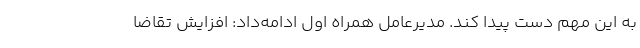
به این مهم دست پیدا کند. مدیرعامل همراه اول ادامه‌داد: افزایش تقاضا